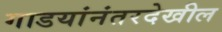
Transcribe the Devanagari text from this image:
गाडयांनंतरदेखील